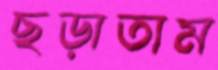
ছড়াতাম